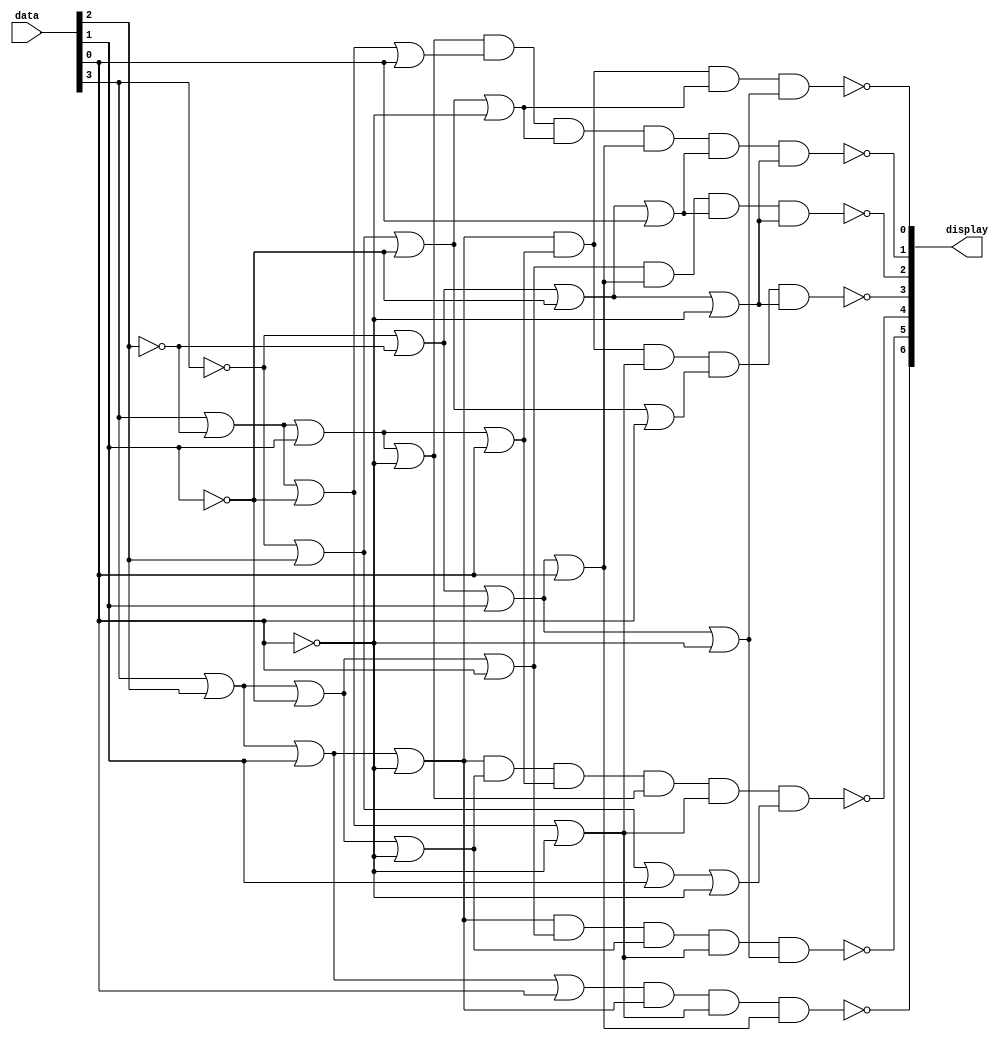
`timescale 1ns/1ns

//Hex Decoder 
module hex_decoder(data, display);
	input [3:0] data;
	output [6:0] display;
	assign display[0] = ~((data[3]|data[2]|data[1]|~data[0])&(data[3]|~data[2]|data[1]|data[0])&(~data[3]|data[2]|~data[1]|~data[0])&(~data[3]|~data[2]|data[1]|~data[0]));
	assign display[1] = ~((data[3]|~data[2]|data[1]|~data[0])&(data[3]|~data[2]|~data[1]|data[0])&(~data[3]|data[2]|~data[1]|~data[0])&(~data[3]|~data[2]|data[1]|data[0])&(~data[3]|~data[2]|~data[1]|data[0])&(~data[3]|~data[2]|~data[1]|~data[0]));
	assign display[2] = ~((data[3]|data[2]|~data[1]|data[0])&(~data[3]|~data[2]|data[1]|data[0])&(~data[3]|~data[2]|~data[1]|data[0])&(~data[3]|~data[2]|~data[1]|~data[0]));
	assign display[3] = ~((data[3]|data[2]|data[1]|~data[0])&(data[3]|~data[2]|data[1]|data[0])&(data[3]|~data[2]|~data[1]|~data[0])&(~data[3]|data[2]|~data[1]|data[0])&(~data[3]|~data[2]|~data[1]|~data[0]));
	assign display[4] = ~((data[3]|data[2]|data[1]|~data[0])&(data[3]|data[2]|~data[1]|~data[0])&(data[3]|~data[2]|data[1]|data[0])&(data[3]|~data[2]|data[1]|~data[0])&(data[3]|~data[2]|~data[1]|~data[0])&(~data[3]|data[2]|data[1]|~data[0]));
	assign display[5] = ~((data[3]|data[2]|data[1]|~data[0])&(data[3]|data[2]|~data[1]|data[0])&(data[3]|data[2]|~data[1]|~data[0])&(data[3]|~data[2]|~data[1]|~data[0])&(~data[3]|~data[2]|data[1]|~data[0]));
	assign display[6] = ~((data[3]|data[2]|data[1]|data[0])&(data[3]|data[2]|data[1]|~data[0])&(data[3]|~data[2]|~data[1]|~data[0])&(~data[3]|~data[2]|data[1]|data[0]));
endmodule

//FULL ADDER 1-bit 
module FA(a,b,c_in, s, c_out); 
	input a,b,c_in; 
	output s, c_out; 
	assign s = a ^ b ^ c_in; 
	assign c_out = (a&b)|(a&c_in)|(b&c_in); 
endmodule 

//FULL ADDER RIPPLE CARRY 4 BITS 
module rippleAdder4bits(a, b, c_in, s, c_out); 
	input[3:0] a, b;
	input c_in; 
	output[3:0] s;
	output c_out;
	wire c1, c2, c3;
	
	FA bit0(a[0], b[0], c_in, s[0], c1); 
	FA bit1(a[1], b[1], c1, s[1], c2); 
	FA bit2(a[2], b[2], c2, s[2], c3); 
	FA bit3(a[3], b[3], c3, s[3], c_out); 
endmodule 

//ALU AND REGISTER
module part2(Clock, Reset_b, Data, Function, ALUout);
	input Clock, Reset_b;
	input [2:0] Function;
	input [3:0] Data;
	
	reg [7:0] aluout;
	output reg [7:0] ALUout;
	
	wire c_out;
	wire [3:0] s;
	rippleAdder4bits u0(Data, ALUout[3:0], 1'b0, s, c_out);
	
	// ALU block
	always @ (*)
		begin
			case(Function)
				3'b000: aluout = {3'b000, c_out, s};
				3'b001: aluout = Data + ALUout[3:0];
				3'b010: aluout = {ALUout[3], ALUout[3], ALUout[3], ALUout[3], ALUout[3:0]}; 
				3'b011: aluout = {7'b0000000, (Data[0]|ALUout[0])|(Data[1]|ALUout[1])|(Data[2]|ALUout[2])|(Data[3]|ALUout[3])}; 
				3'b100: aluout = {7'b0000000, (Data[0]&ALUout[0])&(Data[1]&ALUout[1])&(Data[2]&ALUout[2])&(Data[3]&ALUout[3])}; 
				3'b101: aluout = ALUout[3:0] << Data;
				3'b110: aluout = Data * ALUout[3:0];
				3'b111: aluout = ALUout;
				default: aluout = 8'b0;
			endcase
		end
	
	// Register block
	always @ (posedge Clock)
		if (Reset_b == 1'b0)
			ALUout <= 8'b0;
		else
			ALUout <= aluout;
	
endmodule

//Assign Switches and LEDs
module ALUreg(SW, KEY, LEDR, HEX0, HEX1, HEX2, HEX3, HEX4, HEX5); 
	input [9:0] SW;
	input [3:0] KEY; 
	output [7:0] LEDR; 
	output [6:0] HEX0, HEX1, HEX2, HEX3, HEX4, HEX5;
	
	part2 u1(KEY[0], SW[9], SW[3:0], KEY[3:1], LEDR[7:0]);
	
	hex_decoder Hex0(.data(SW[3:0]), .display(HEX0)); //Data
	hex_decoder Hex1(.data(4'b0000), .display(HEX1)); //0
	hex_decoder Hex2(.data(4'b0000), .display(HEX2)); //0
	hex_decoder Hex3(.data(4'b0000), .display(HEX3)); //0
	hex_decoder Hex4(.data(LEDR[3:0]), .display(HEX4)); //ALUout[3:0]
	hex_decoder Hex5(.data(LEDR[7:4]), .display(HEX5)); //ALUout[7:4]
endmodule